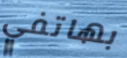
بهاتفي